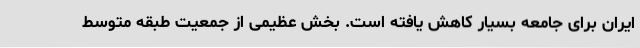
ایران برای جامعه بسیار کاهش یافته است. بخش عظیمی از جمعیت طبقه متوسط